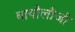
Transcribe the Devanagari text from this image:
बायौलौजी